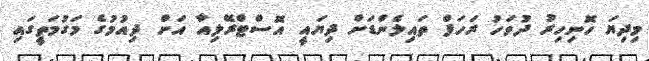
މިދިޔަ ހޮނިހިރު ދުވަހު ރަހަފް ތައިލެންޑަށް ދިޔައީ އޮސްޓްރޭލިއާ އަށް ދިއުމުގެ މަގުމަތީގައި